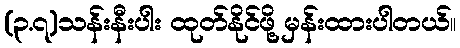
(၃.၇)သန်းနီးပါး ထုတ်နိုင်ဖို့ မှန်းထားပါတယ်။